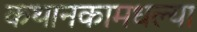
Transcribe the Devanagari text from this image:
कथानकामधल्या